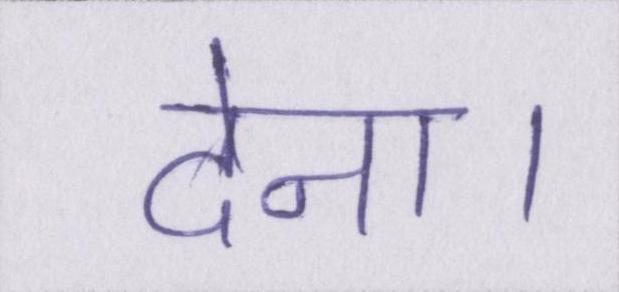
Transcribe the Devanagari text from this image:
देना।